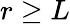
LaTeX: r\ge L